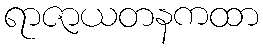
ရာဇာယတနကထာ